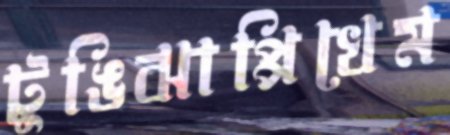
টুঙিঝাপ্পিখেম